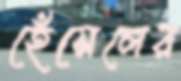
হেঁসেলের